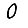
Digit: 0